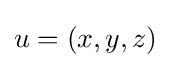
u=(x,y,z)